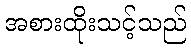
အစားထိုးသင့်သည်